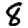
Digit: 8